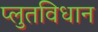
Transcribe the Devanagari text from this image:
प्लुतविधान